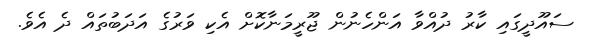
ސައޫދީގައި ކާރު ދުއްވާ އަންހެނުން ޖޫރީމަނާކޮށް އެކި ވަރުގެ އަދަބުތައް ދެ އެވެ.